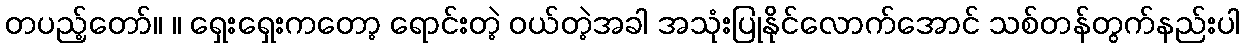
တပည့်တော်။ ။ ရှေးရှေးကတော့ ရောင်းတဲ့ ဝယ်တဲ့အခါ အသုံးပြုနိုင်လောက်အောင် သစ်တန်တွက်နည်းပါ